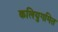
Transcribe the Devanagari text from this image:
कलियुगमित